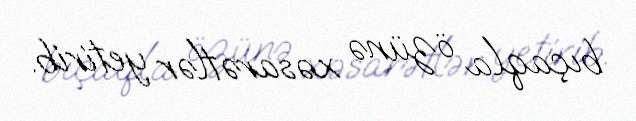
bıçaqla özünə xəsarətlər yetirib.